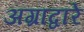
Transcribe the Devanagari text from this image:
अग्राद्वारे